Lunatic asylums Punjab 1881-1894 - 1881-1894
Year: 1881
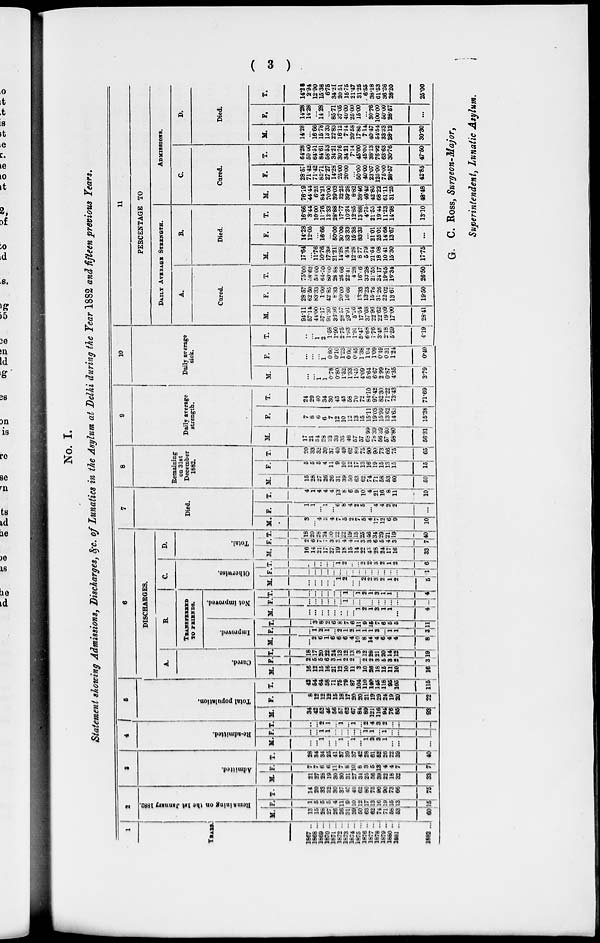
(
3
)
No.
I .
Statement showing Admissions, Discharges, &c. o f Lunatics i n the Asylum a t Delhi during the
year
1882 and
fifteen
previous
Years.
1
YEARS.
1867 ...
1868 ...
1869 ...
1870 ...
1871 ...
1872 ...
1873 ...
1874 ...
1875 ...
1876 ...
1877 ...
1878 ...
1879 ...
1880
...
1881 . . .
1882 ...
2
Remaining on the 1st January 1882.
M.
13
15
28
27
26
26
31
39
50
63
62
74
71
58
53
60
F.
1
5
5
5
4
11
9
10
12
17
13
16
19
15
13
15
T.
14
20
33
32
30
37
40
49
62
80
75
90
90
73
66
75
3
Admitted.
M.
21
27
28
19
30
30
31
27
34
25
56
39
22
18
32
33
F.
7
7
6
6
11
7
6
10
8
3
5
13
4
4
7
7
T.
28
34
34
25
41
37
39
37
42
28
61
52
26
22
39
40
4
Re-admitted.
M.
...
...
1
...
...
1
...
1
...
1
3
3
1
...
...
...
F.
...
...
1
1
....
...
...
...
...
1
1
...
1
...
...
...
T.
...
...
2
1
...
1
...
1
...
2
4
3
2
...
...
...
5
Total population.
M.
34
42
52
46
56
57
62
67
84
89
121
116
94
76
85
93
F.
8
12
12
12
15
18
17
20
20
21
19
29
24
19
20
22
T.
42
54
64
58
71
75
79
87
104
110
140
145
118
95
105
115
6
DISCHARGES.
A.
Cured.
M.
16
12
15
16
21
12
10
11
3
10
26
18
15
11
10
16
F.
2
5
5
6
3
1
2
2
...
2
2
3
5
3
2
3
T.
18
17
20
22
24
13
12
13
3
12
28
21
20
14
12
9
B.
TRANSFERED
TO
FRIENDS.
Improved.
M.
...
2
6
1
6
6
6
4
10
8
14
4
6
4
4
8
F.
...
1
2
1
...
2
1
2
1
1
1
3
...
1
1
3
T.
...
3
8
2
6
8
7
6
11
9
16
7
6
5
6
11
Not improved.
M.
...
...
...
...
...
...
...
...
1
2
1
3
1
1
4
F
...
...
...
...
...
...
1
...
...
...
...
...
...
...
...
...
T.
...
...
...
...
...
...
1
...
...
2
1
3
1
1
...
4
C.
Otherwise
M.
...
...
...
...
...
1
2
...
...
2
2
3
2
1
2
5
F.
...
...
...
...
...
...
...
...
...
...
...
...
...
...
...
1
T.
...
...
...
...
...
1
2
...
...
2
2
3
2
1
2
6
D.
Total.
M.
16
14
21
17
27
19
18
15
14
22
4
28
24
17
16
33
F.
2
6
7
7
3
3
4
4
1
3
3
6
5
4
3
7
T.
18
20
28
24
30
22
22
19
15
25
46
34
29
21
19
40
7
Died.
M.
3
4
3
4
7
0
2
7
5
4
17
12
6
9
10
F.
1
1
...
1
...
6
8
4
2
5
...
4
4
2
2
...
T.
4
1
4
4
4
13
8
6
9
10
4
21
16
8
11
10
8
Remaining
on 31st
December
1882.
M.
15
28
27
26
26
31
39
50
63
62
74
71
58
53
60
50
F.
5
5
5
4
11
9
10
12
17
13
16
19
15
13
15
15
T.
20
33
32
30
37
40
49
62
80
75
90
90
73
66
75
65
9
Daily average
strength.
M.
17
21
34
28
23
33
35
46
57
57
68.99
78.39
56.39
57.60
58.80
56.31
F.
7
8
6
6
7
12
10
12
13
15
15.11
19.03
15.99
13.62
14.63
15.38
T.
24
29
40
34
30
45
45
58
70
72
84.10
97.42
82.30
71.22
73.43
71.69
10
Daily average
sick.
M.
...
...
1
1
0.78
0.80
1.52
1.33
1.45
4.09
5.64
6.67
2.99
0.87
4.35
3.79
F.
...
...
...
1
0.80
0.10
1.23
0.60
0.45
1.38
1.04
1.09
0.49
0.31
1.24
0.40
T.
...
...
1
2
1.58
1.90
2.75
1.93
1.91
5.47
6.68
7.76
3.48
2.18
5.59
4.19
11
PERCENTAGE T O
DAILY
AVERAGE
STRENGTH.
A.
Cured.
M.
94.11
57.14
44.00
57.17
91.30
36.36
28.57
23.91
5.26
17.54
37.68
22.96
22.62
19.09
17.00
28.41
F.
28.57
62.50
83.33
1.00
42.85
8.33
20.00
16.66
12.33
13.23
15.76
31.26
22.02
13.67
19.50
T.
75.00
38.62
50.00
64.70
80.00
28 .88
26.66
22.41
4.28
16.6
33.28
21.55
24.17
19.65
16.34
26.50
B.
Died.
M.
17.64
...
11.76
10.76
17.39
21.21
14.28
4.34
12.28
8.77
5.79
21.64
18 .08
10.41
15.30
17.75
F.
14.28
12.05
...
16.66
...
50.00
30.00
33.33
15.38
83.33
...
21.01
25.01
14.68
13.67
...
T.
16.66
3.44
10.00
11.76
13.33
28.88
17.77
10.34
12.85
13.88
4.75
21.55
19.44
11.23
14.98
13.10
ADMISSIONS.
C.
Cured.
M.
76.19
44.44
625
84.21
70.00
39.03
32.25
39.28
8-82
38.46
46.42
42.85
68.22
61.11
31.25
48.48
F.
28.57
71.42
71.42
85.71
27.27
14.28
25.00
20.00
...
50.00
40.00
23.07
125.00
75.00
28.57
42.85
T.
64.28
50.00
64.51
84.61
58.53
34.21
30.76
34.21
7.14
45.00
45.00
38.13
76.92
63.63
30.76
47.50
D.
Died.
M.
14.28
...
16.66
15.78
13.33
22.83
16.12
7.14
20.58
17.85
7.14
40.47
54.54
33.33
28.12
30.30
F.
14.28
14.28
...
14.28
...
85.71
37.05
40.00
25.00
15.00
...
30.76
100.00
50.00
28.57
...
T.
14.28
2.94
12.90
15.38
6.75
34.21
20.51
15.75
21.47
31.25
6.55
38.18
61.53
36.36
28.20
25.00
G.
C . Ross,
Surgeon-Major,
Superintendent,
Lunatic
Asylum.